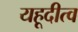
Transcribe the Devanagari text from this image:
यहूदीत्व